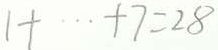
1 + \cdots + 7 = 2 8